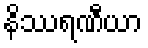
နိဿရဏီယာ